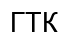
ГТК